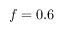
f = 0 . 6